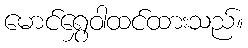
မောင်ရွှေဝါထင်ထားသည်။